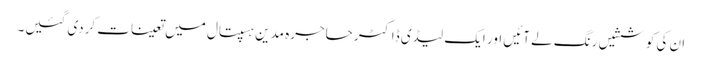
ان کی کوششیں رنگ لے آئیں اور ایک لیڈی ڈاکٹر حاجرہ مدین ہسپتال میں تعینات کردی گئیں۔